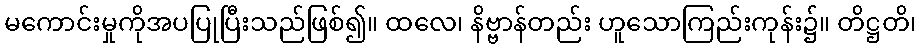
မကောင်းမှုကိုအပပြုပြီးသည်ဖြစ်၍။ ထလေ၊ နိဗ္ဗာန်တည်း ဟူသောကြည်းကုန်း၌။ တိဋ္ဌတိ၊